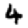
Digit: 4